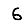
Digit: 6